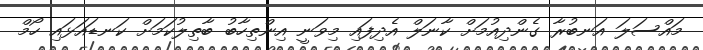
މައްސަލަ އަނބުރާ ގެންދިއުމަށް ކާނަލް އެދިފައި މިވަނީ އިންތިހާބު ބާތިލުކަމަށް ކަނޑައަޅައި ހޯމް